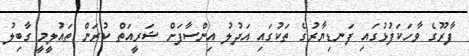
ފާރޫގެ ވާހަކަފުޅުގައި ފަނޑިޔާރުގެ ތަކުގައި އަދުލު އިންސާފަށް ޝަރީއަތް ކުރަން ތައުލީމީ ގާބިލު